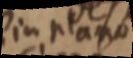
in plano